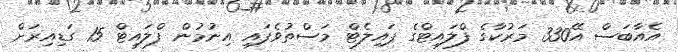
އެއާބަސް އޭ330 މަރުކާގެ ފްލައިޓްގެ ޕައިލެޓް މަސްތުވެފައި އިނުމުން ފްލައިޓް 15 ގަޑިއިރަށް